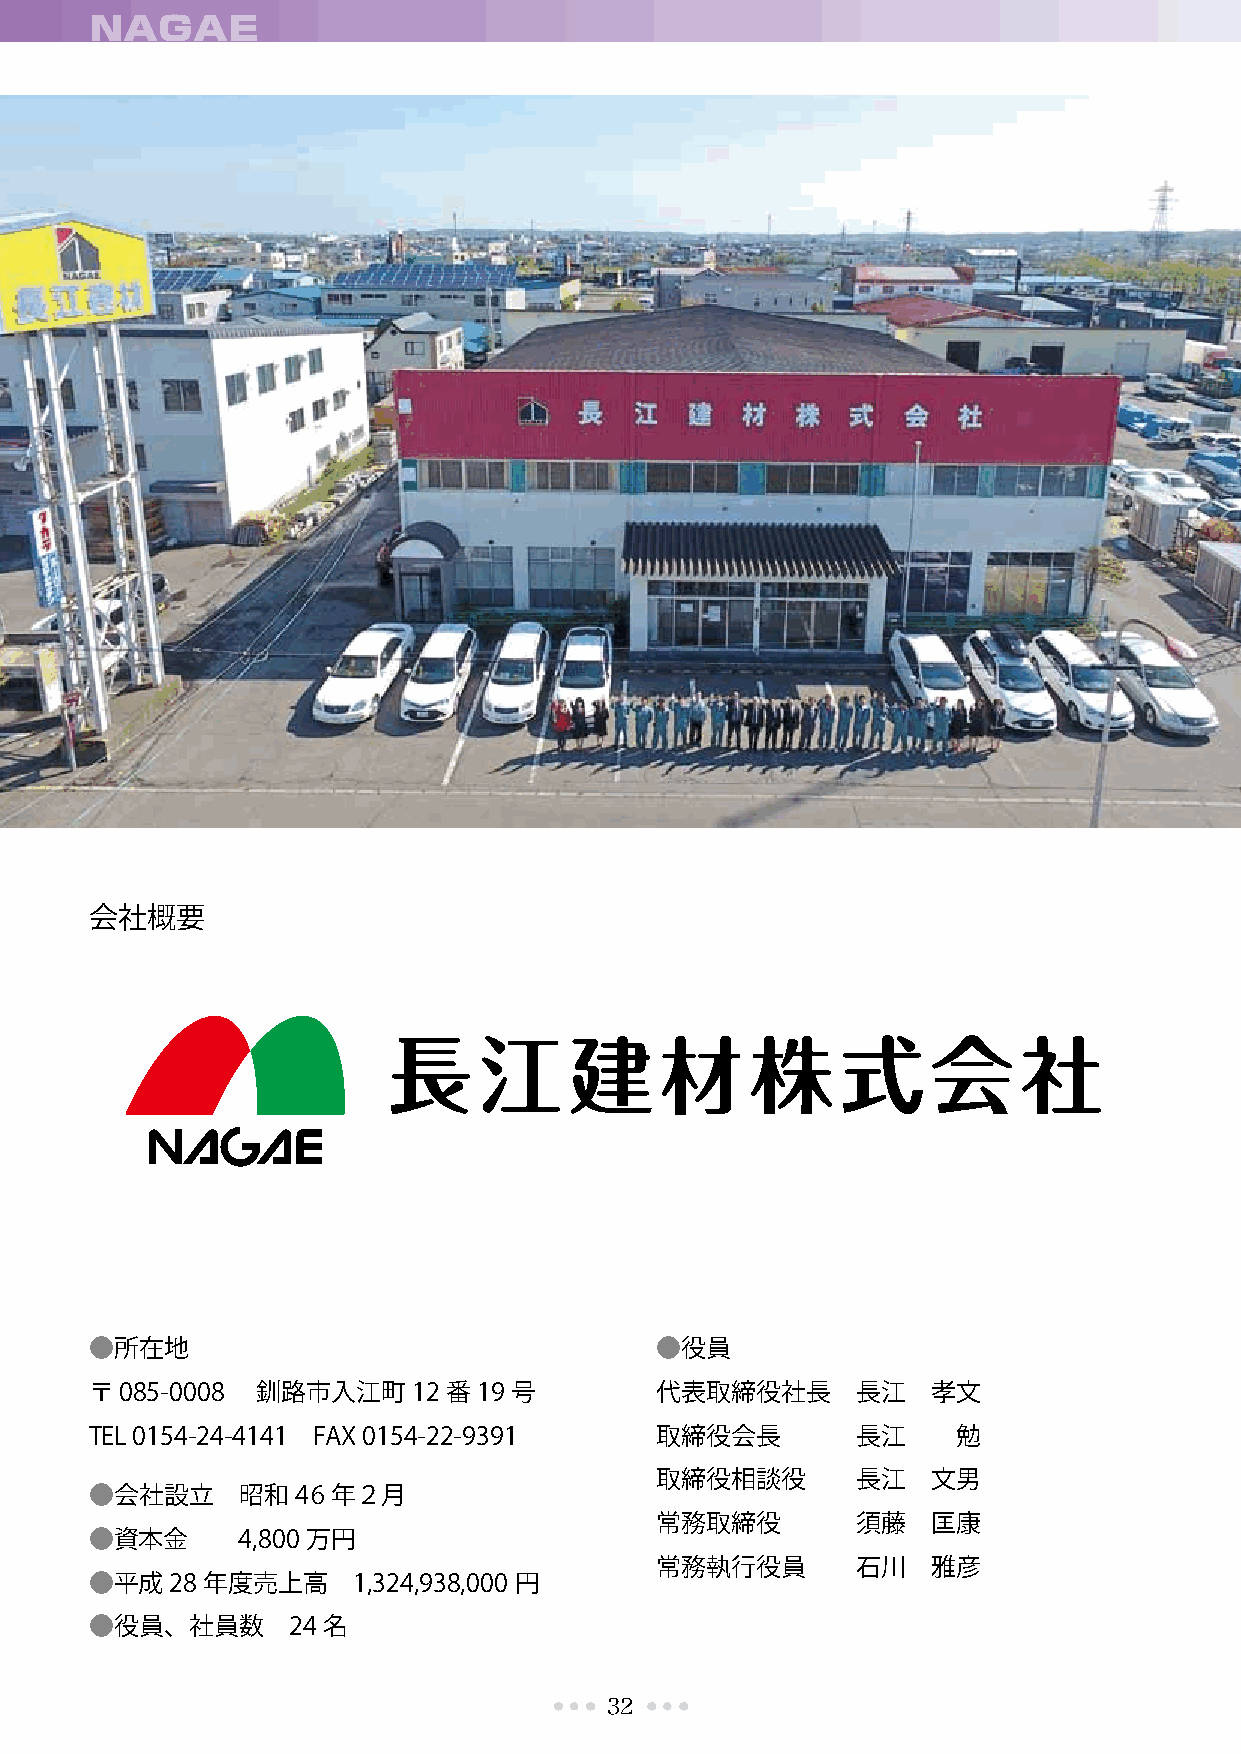
NAGAE
 会社概要
 ●所在地                                 ●役員
 〒085-0008  釧路市入江町12番19      号        代表取締役社長       長江   孝文
 TEL 0154-24-4141 FAX 0154-22-9391    取締役会長         長江    勉
 取締役相談役        長江   文男
 ●会社設立     昭和46年２月
 常務取締役         須藤   匡康
 ●資本金      4,800万円
 常務執行役員        石川   雅彦
 ●平成28  年度売上高     1,324,938,000円
 ●役員、社員数      24名
 32